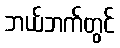
ဘယ်ဘက်တွင်